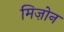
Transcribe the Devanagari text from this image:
मिज़ोन